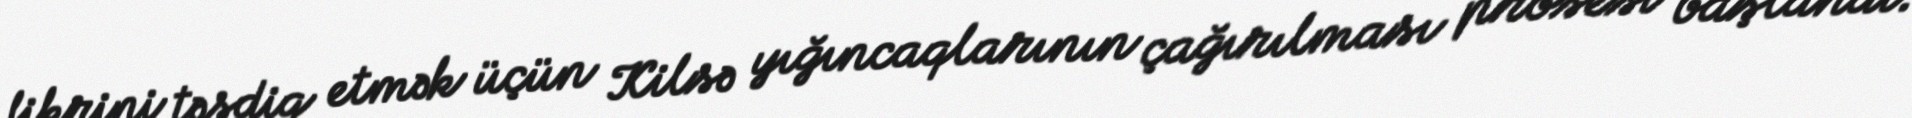
fikrini təsdiq etmək üçün Kilsə yığıncaqlarının çağırılması prosesi başlandı.